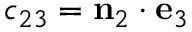
c _ { 2 3 } = \mathbf { n } _ { 2 } \cdot \mathbf { e } _ { 3 }